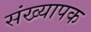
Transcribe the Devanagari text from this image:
संख्यापक